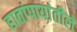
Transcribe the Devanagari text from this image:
हातांपायांतील